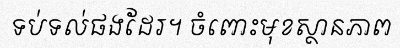
ទប់ទល់ផងដែរ។ ចំពោះមុខស្ថានភាព